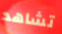
تشاهد